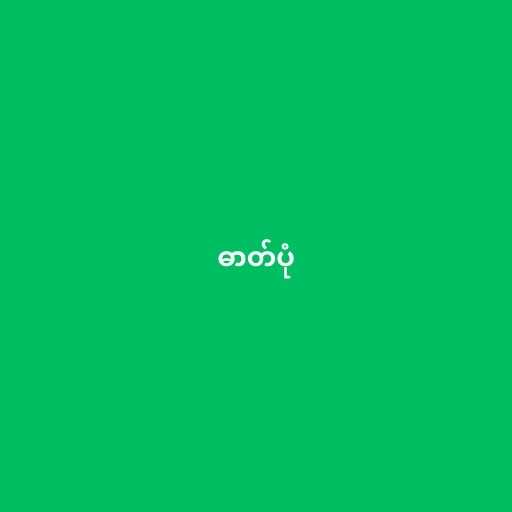
ဓာတ်ပုံ